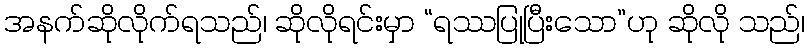
အနက်ဆိုလိုက်ရသည်၊ ဆိုလိုရင်းမှာ “ရဿပြုပြီးသော”ဟု ဆိုလို သည်၊